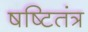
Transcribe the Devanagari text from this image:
षष्टितंत्र